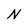
Character: N